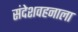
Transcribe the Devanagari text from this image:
संदेशवहनाला